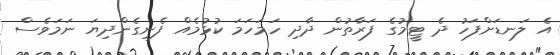
އެ ލަނޑަށްފަހު ދެ ޓީމުގެ ފަރާތުން ދާދި ހަމަހަމަ ކުޅުމެއް ފެނިގެންދިޔަ ނަމަވެސް